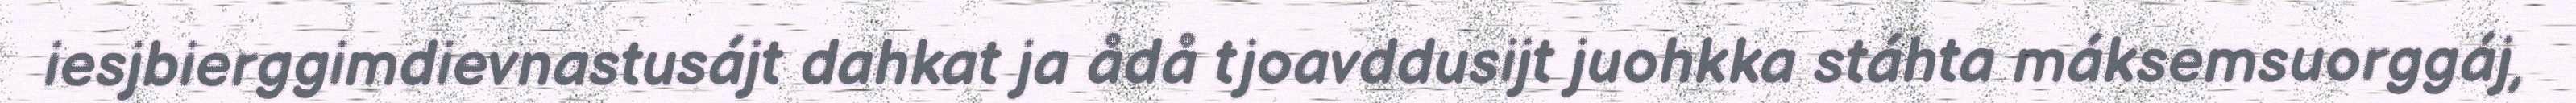
iesjbierggimdievnastusájt dahkat ja ådå tjoavddusijt juohkka stáhta máksemsuorggáj,